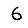
Digit: 6